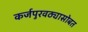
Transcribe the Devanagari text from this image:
कर्जपुरवठ्यासोबत